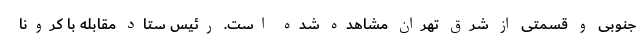
جنوبی و قسمتی از شرق تهران مشاهده شده است. رئیس ستاد مقابله با کرونا